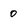
Character: 0